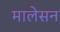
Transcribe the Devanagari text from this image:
मालेसन